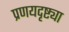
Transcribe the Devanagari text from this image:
प्रणयदृष्ट्या